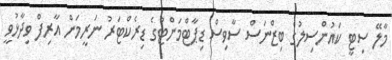
މާލޭ ސިޓީ ކައުންސިލުގެ ބިޒްނަސް ސާވިސް ޑިޕާޓްމަންޓުގެ ޑިރެކްޓަރު ނަރީމަން އާރިފް ވިދާޅުވީ